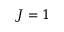
J = 1